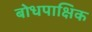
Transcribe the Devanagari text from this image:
बोधपाक्षिक